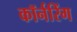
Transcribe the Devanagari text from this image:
कॉर्नरिंग